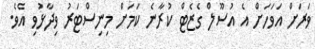
ވަރަށް އަވަހަށް އެ އުސޫލް ގެޒެޓް ކުރާނެ ކަމަށް މިނިސްޓަރު ވިދާޅުވި އެވެ.